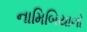
નામિબિયાનો